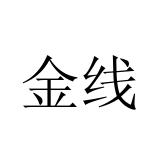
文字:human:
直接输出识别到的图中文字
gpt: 金线